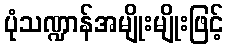
ပုံသဏ္ဍာန်အမျိုးမျိုးဖြင့်